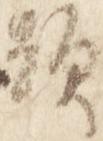
顕